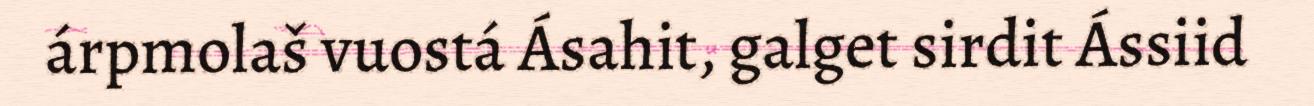
árpmolaš vuostá Ásahit, galget sirdit Ássiid